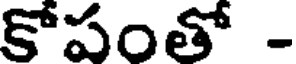
కోపంతో -